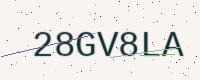
Text: 28GV8LA